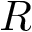
R